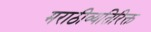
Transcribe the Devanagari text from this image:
मराठीव्यतिरिक्त